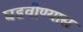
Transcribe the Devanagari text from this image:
घडवीण्यास